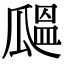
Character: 𤬒